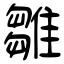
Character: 雛